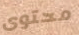
محتوى